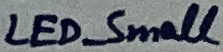
Text: LED_Small